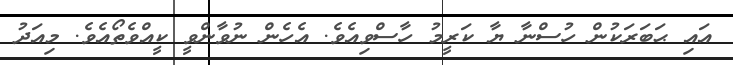
އައި ޙަބަރަކުން ހުސްނާ ޔާ ކަރީމު ހާސްވިއެވެ. އެހެން ނުވާންވީ ކީއްވެތޯއެވެ. މިއަދު